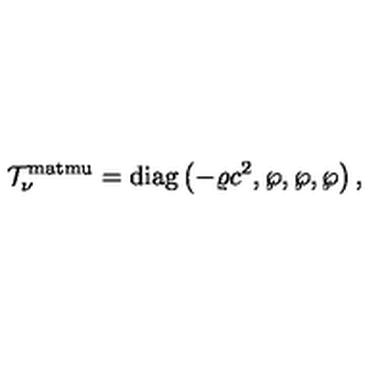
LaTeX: { \cal T } _ { \nu } ^ { \mathrm { m a t m u } } = \mathrm { d i a g } \left( - \varrho c ^ { 2 } , \wp , \wp , \wp \right) ,